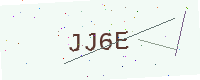
Text: JJ6E